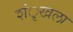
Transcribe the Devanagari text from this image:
शंृखला